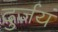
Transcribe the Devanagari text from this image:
दुर्जयं